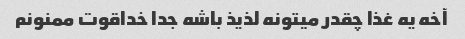
آخه یه غذا چقدر میتونه لذیذ باشه جدا خداقوت ممنونم